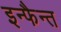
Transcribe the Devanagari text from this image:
इन्फैन्त